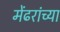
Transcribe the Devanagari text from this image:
मेंढरांच्या